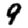
Digit: 9